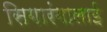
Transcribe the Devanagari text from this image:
सिगारंगालाई